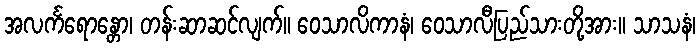
အလင်္ကရောန္တော၊ တန်းဆာဆင်လျက်။ ဝေသာလိကာနံ၊ ဝေသာလီပြည်သားတို့အား။ သာသနံ၊